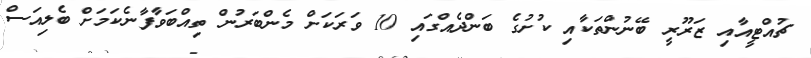
ޗުއްޓީއާއި ޒަރޫރީ ބޭނުންތަކާއި ކުށުގެ ބަންދެއްގައި 10 ވަރަކަށް މެންބަރުން ތިއްބަވާފާނެކަމަށް ބެލިއަސް